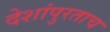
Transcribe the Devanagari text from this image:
देशांपुरताच